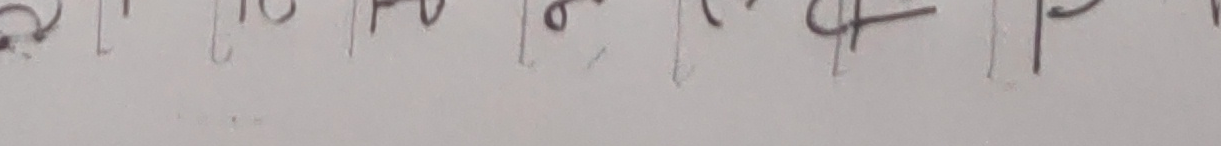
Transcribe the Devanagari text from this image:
र । १ ढ र ० ८ च द ।